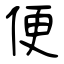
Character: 便